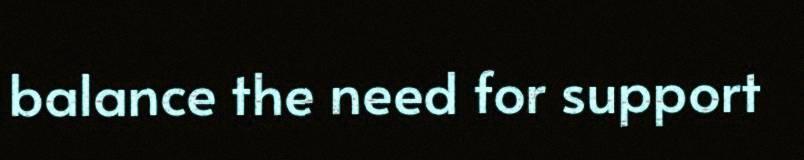
balance the need for support